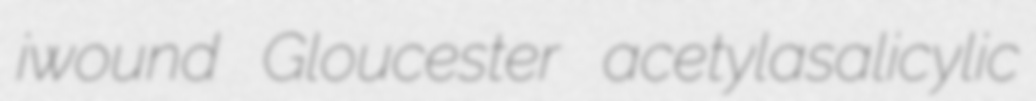
iwound Gloucester acetylasalicylic